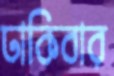
ঢাকিবার